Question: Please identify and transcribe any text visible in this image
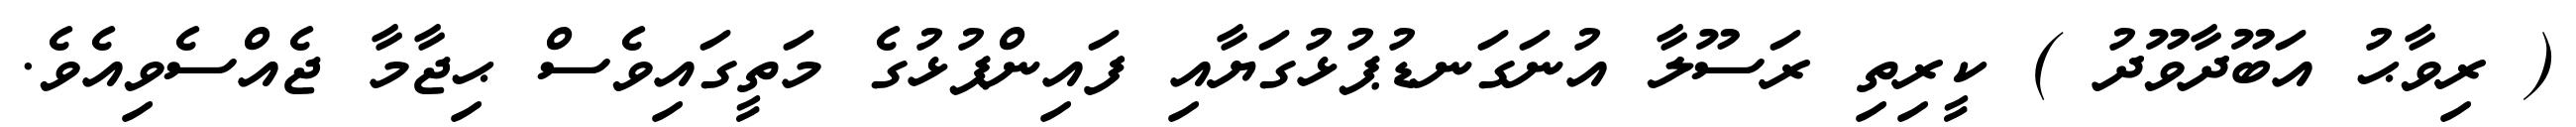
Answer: ( ރިވާޙު އަބޫދާވޫދު ) ކީރިތި ރަސޫލާ އުނަގަނޑުޕުޅުގަޔާއި ފައިންޕުޅުގެ މަތީގައިވެސް ޙިޖާމާ ޖެއްސެވިއެވެ.